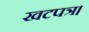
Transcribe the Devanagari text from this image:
खटपत्र।